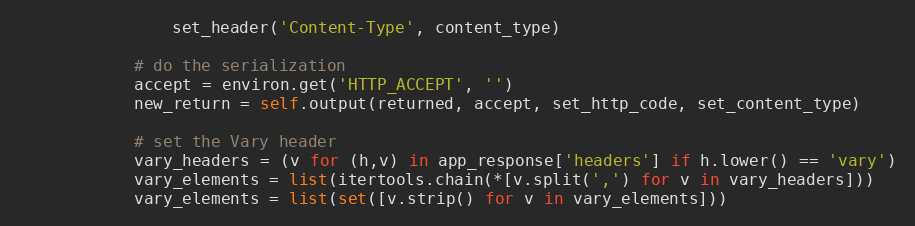
Language: Python
				set_header('Content-Type', content_type)

			# do the serialization
			accept = environ.get('HTTP_ACCEPT', '')
			new_return = self.output(returned, accept, set_http_code, set_content_type)

			# set the Vary header
			vary_headers = (v for (h,v) in app_response['headers'] if h.lower() == 'vary')
			vary_elements = list(itertools.chain(*[v.split(',') for v in vary_headers]))
			vary_elements = list(set([v.strip() for v in vary_elements]))